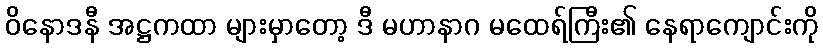
ဝိနောဒနီ အဋ္ဌကထာ များမှာတော့ ဒီ မဟာနာဂ မထေရ်ကြီး၏ နေရာကျောင်းကို